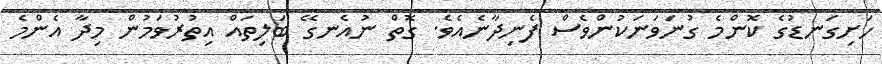
ހަށިގަނޑުގެ ކޮންމެ ގުނަވަނަކުންވެސް ފެނިދާނެއެވެ. ގޮތް ނުއެނގޭ ބަލިތައް އިތުރުވަމުން މިދާ އެންމެ